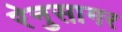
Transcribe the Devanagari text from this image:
रेनुसागर